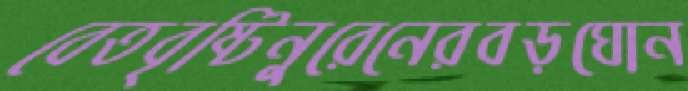
বেতবৃষ্টিনুরেনেরবড়ঘোন